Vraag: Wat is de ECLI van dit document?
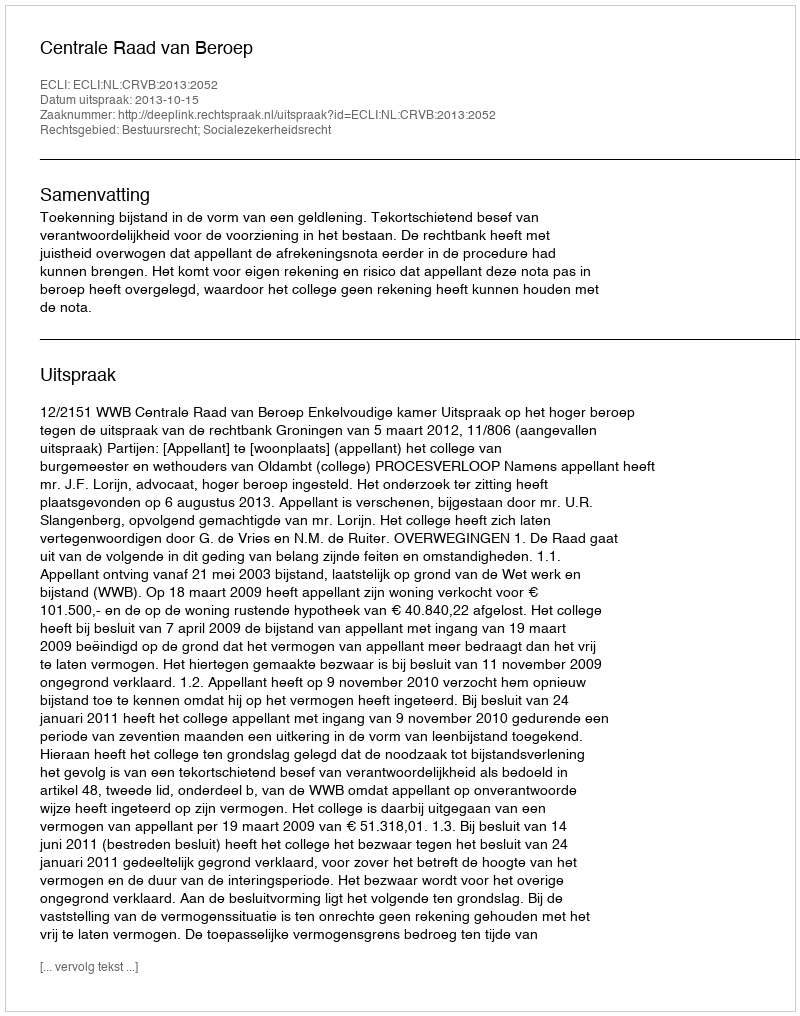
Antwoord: ECLI:NL:CRVB:2013:2052